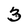
Character: 3